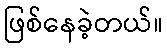
ဖြစ်နေခဲ့တယ်။